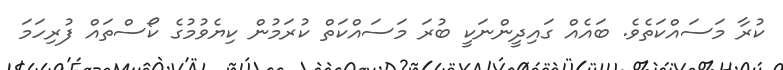
ކުރާ މަސައްކަތެވެ. ބައެއް ގައިދީންނަކީ ބުރަ މަސައްކަތް ކުރަމުން ކިޔެވުމުގެ ކޯސްތައް ފުރިހަމަ